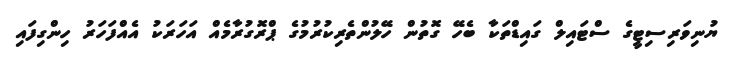
ޔުނިވަރިސިޓީގެ ސްޓައިލް ގައިޑްތަކާ ބެހޭ ގޮތުން ހޭލުންތެރިކުރުމުގެ ޕްރޮގުރާމެއް އަހަރަކު އެއްފަހަރު ހިންގިފައި